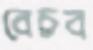
বেচব